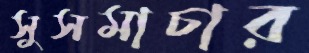
সুসমাচার